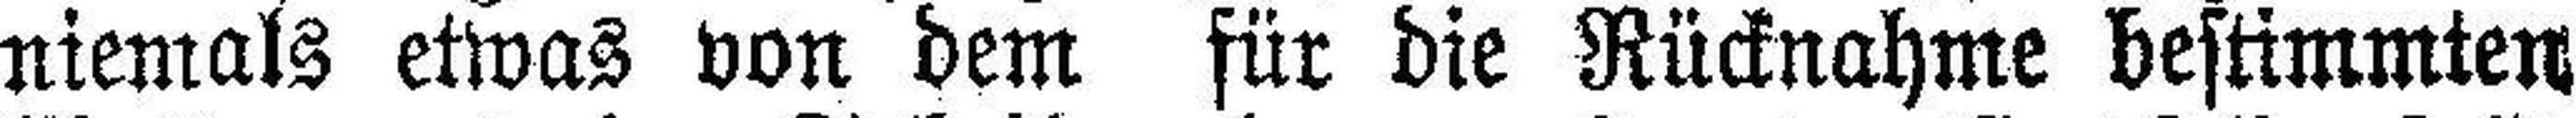
niemals etwas von dem für die Rücknahme bestimmten